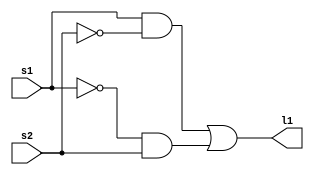
module HelloWorld (s1, s2, l1);
	input s1, s2;
	output l1;
	assign l1 = (s1 & ~s2) | (~s1 & s2);
endmodule